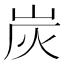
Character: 炭